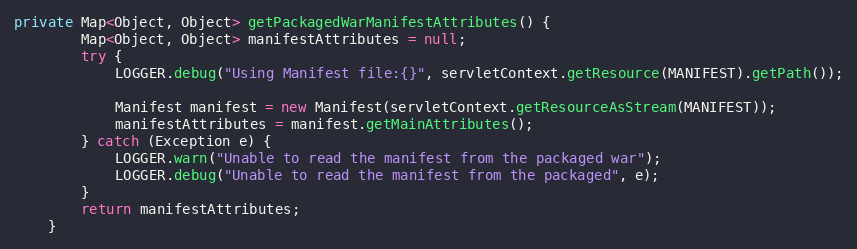
Language: Java
private Map<Object, Object> getPackagedWarManifestAttributes() {
        Map<Object, Object> manifestAttributes = null;
        try {
            LOGGER.debug("Using Manifest file:{}", servletContext.getResource(MANIFEST).getPath());

            Manifest manifest = new Manifest(servletContext.getResourceAsStream(MANIFEST));
            manifestAttributes = manifest.getMainAttributes();
        } catch (Exception e) {
            LOGGER.warn("Unable to read the manifest from the packaged war");
            LOGGER.debug("Unable to read the manifest from the packaged", e);
        }
        return manifestAttributes;
    }